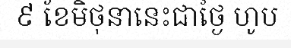
៩ ខែមិថុនានេះជាថ្ងៃ ហូប